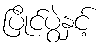
ပြိုင်ပွဲနှင့်